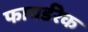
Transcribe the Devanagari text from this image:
फायर्डरेक